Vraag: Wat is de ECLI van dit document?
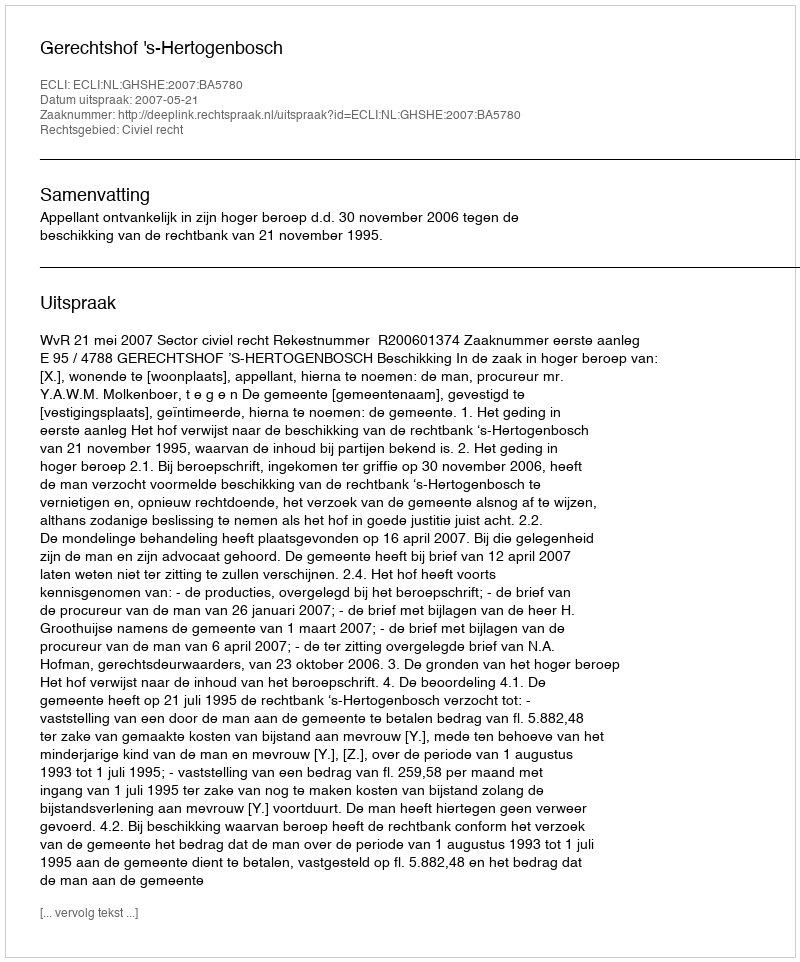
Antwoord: ECLI:NL:GHSHE:2007:BA5780